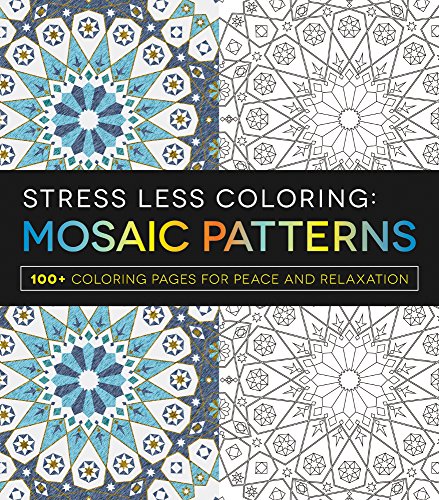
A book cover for Stress Less Coloring - Mosaic Patterns: 100+ Coloring Pages for Peace and Relaxation; Adams Media; Self-Help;